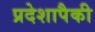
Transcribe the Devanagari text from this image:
प्रदेशापैकी